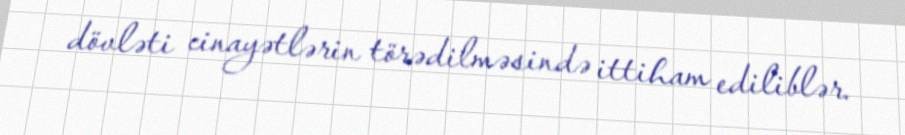
dövləti cinayətlərin törədilməsində ittiham ediliblər.